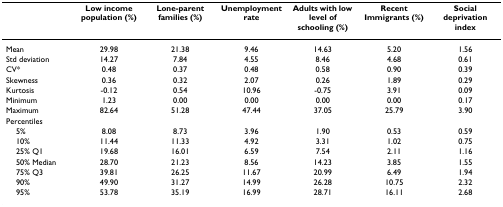
|  | Low income population (%) | Lone-parent families (%) | Unemployment rate | Adults with low level of schooling (%) | Recent Immigrants (%) | Social deprivation index |
 | --- | --- | --- | --- | --- | --- | --- |
 | Mean | 29.98 | 21.38 | 9.46 | 14.63 | 5.20 | 1.56 |
 | Std deviation | 14.27 | 7.84 | 4.55 | 8.46 | 4.68 | 0.61 |
 | CV* | 0.48 | 0.37 | 0.48 | 0.58 | 0.90 | 0.39 |
 | Skewness | 0.36 | 0.32 | 2.07 | 0.26 | 1.89 | 0.29 |
 | Kurtosis | -0.12 | 0.54 | 10.96 | -0.75 | 3.91 | 0.09 |
 | Minimum | 1.23 | 0.00 | 0.00 | 0.00 | 0.00 | 0.17 |
 | Maximum | 82.64 | 51.28 | 47.44 | 37.05 | 25.79 | 3.90 |
 | Percentiles |  |  |  |  |  |  |
 | 5% | 8.08 | 8.73 | 3.96 | 1.90 | 0.53 | 0.59 |
 | 10% | 11.44 | 11.33 | 4.92 | 3.31 | 1.02 | 0.75 |
 | 25% Q1 | 19.68 | 16.01 | 6.59 | 7.54 | 2.11 | 1.16 |
 | 50% Median | 28.70 | 21.23 | 8.56 | 14.23 | 3.85 | 1.55 |
 | 75% Q3 | 39.81 | 26.25 | 11.67 | 20.99 | 6.49 | 1.94 |
 | 90% | 49.90 | 31.27 | 14.99 | 26.28 | 10.75 | 2.32 |
 | 95% | 53.78 | 35.19 | 16.99 | 28.71 | 16.11 | 2.68 |